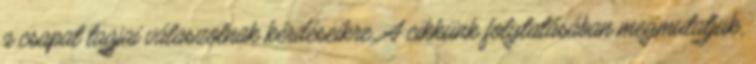
a csapat tagjai válaszolnak kérdéseikre. A cikkünk folytatásában megmutatjuk,